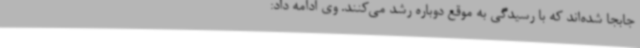
جابجا شده‌اند که با رسیدگی به موقع دوباره رشد می‌کنند. وی ادامه داد: